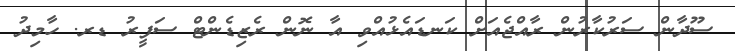
ސޫދާން ސަރުކާރުން ރާއްޖެއަށް ކަނޑައެޅުއްވި އާ ނޮން ރެޒިޑެންޓް ސަފީރު ޑރ. ހާމިދު